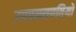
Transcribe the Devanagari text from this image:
उपप्रान्तपतियों